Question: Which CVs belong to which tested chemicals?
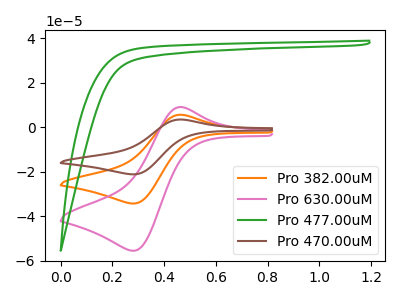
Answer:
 <answer>The orange curve is labeled "Pro 382.00uM". The pink curve is labeled "Pro 630.00uM". The green curve is labeled "Pro 477.00uM". The brown curve is labeled "Pro 470.00uM".</answer>
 <eval></eval>